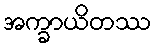
အက္ခာယိတဿ